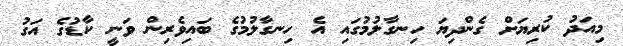
މިއަދު ކުރިޔަށް ގެންދިޔަ ހިނގާލުމުގައި އެ ހިނގާލުމުގެ ބައިވެރިން ވަނީ ކާޑުގެ އަގު